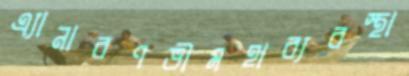
এ্যানারণভীমহাব্যবস্থা